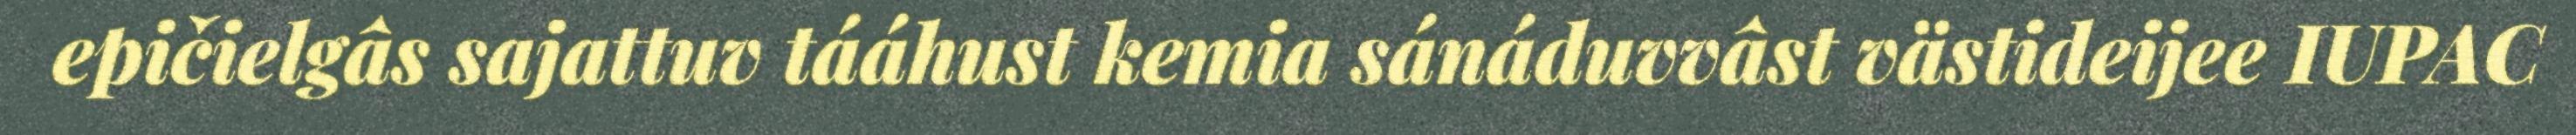
epičielgâs sajattuv tááhust kemia sánáduvvâst västideijee IUPAC